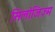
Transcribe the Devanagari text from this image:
सिलोजिज़्म